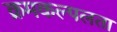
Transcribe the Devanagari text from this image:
क्रमकल्पलता